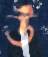
উ